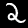
Label: 2